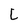
Character: L